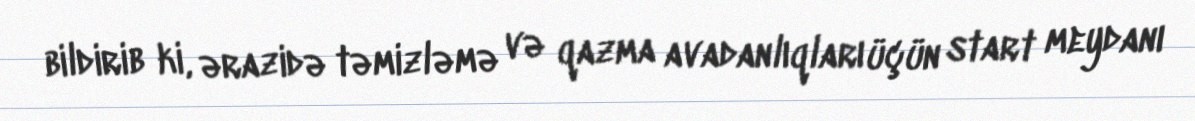
bildirib ki, ərazidə təmizləmə və qazma avadanlıqları üçün start meydanı